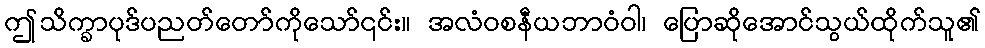
ဤသိက္ခာပုဒ်ပညတ်တော်ကိုသော်၎င်း။ အလံဝစနီယဘာဝံဝါ၊ ပြောဆိုအောင်သွယ်ထိုက်သူ၏